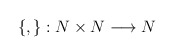
\begin{align*}\left\{,\right\}:N\times N\longrightarrow N\end{align*}